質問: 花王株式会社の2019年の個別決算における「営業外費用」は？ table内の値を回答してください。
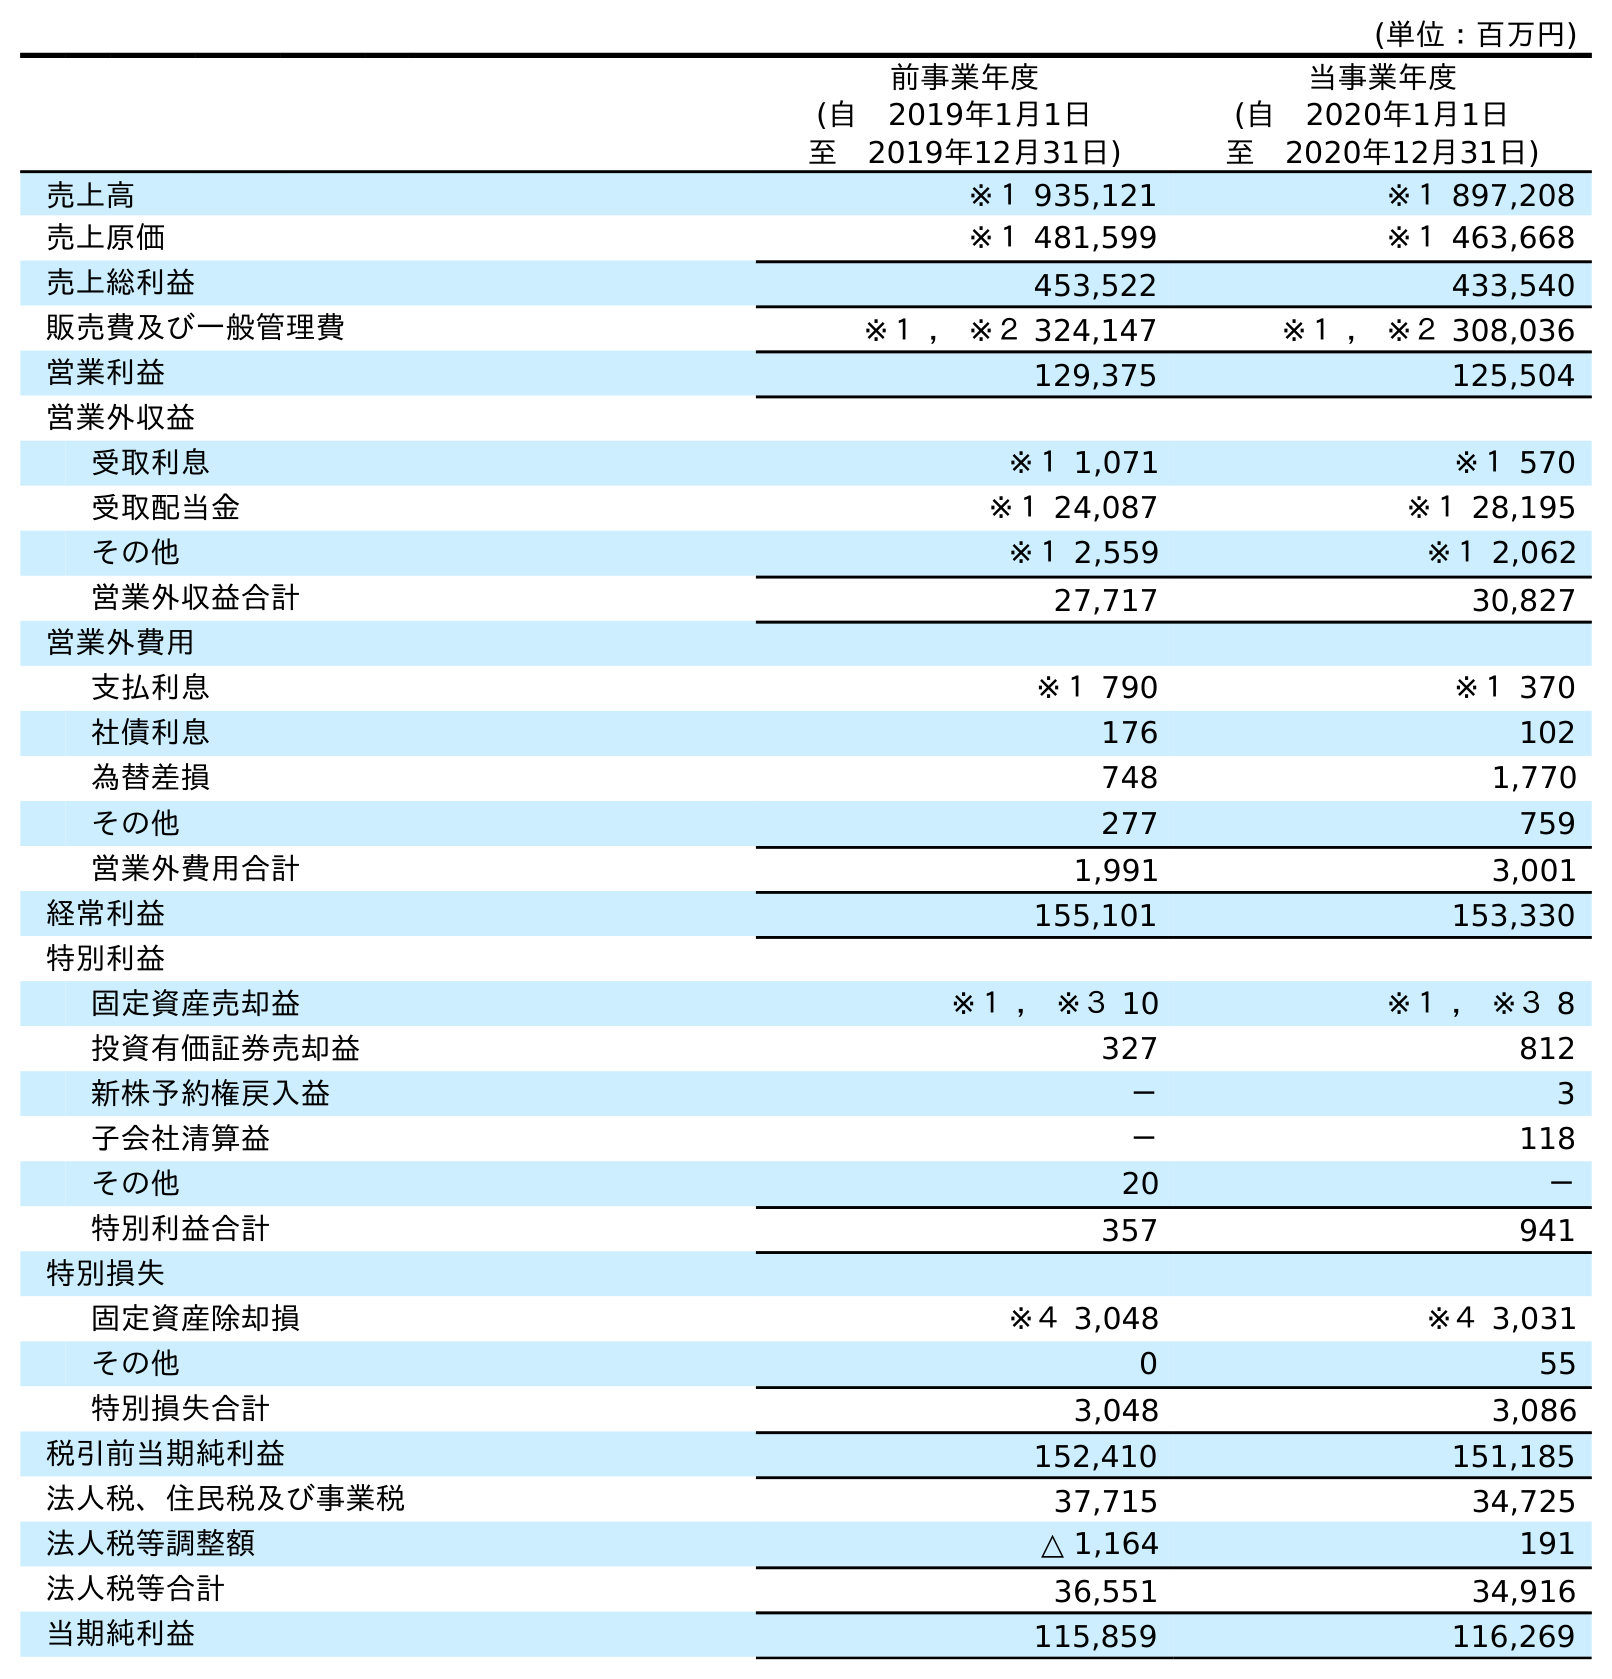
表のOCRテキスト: (単位：百万円) 前事業年度 (自 2019年1月1日 至 2019年12月31日) 当事業年度 (自 2020年1月1日 至 2020年12月31日) 売上高 ※１ 935,121 ※１ 897,208 売上原価 ※１ 481,599 ※１ 463,668 売上総利益 453,522 433,540 販売費及び一般管理費 ※１ ， ※２ 324,147 ※１ ， ※２ 308,036 営業利益 129,375 125,504 営業外収益 受取利息 ※１ 1,071 ※１ 570 受取配当金 ※１ 24,087 ※１ 28,195 その他 ※１ 2,559 ※１ 2,062 営業外収益合計 27,717 30,827 営業外費用 支払利息 ※１ 790 ※１ 370 社債利息 176 102 為替差損 748 1,770 その他 277 759 営業外費用合計 1,991 3,001 経常利益 155,101 153,330 特別利益 固定資産売却益 ※１ ， ※３ 10 ※１ ， ※３ 8 投資有価証券売却益 327 812 新株予約権戻入益 － 3 子会社清算益 － 118 その他 20 － 特別利益合計 357 941 特別損失 固定資産除却損 ※４ 3,048 ※４ 3,031 その他 0 55 特別損失合計 3,048 3,086 税引前当期純利益 152,410 151,185 法人税、住民税及び事業税 37,715 34,725 法人税等調整額 △ 1,164 191 法人税等合計 36,551 34,916 当期純利益 115,859 116,269
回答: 1,991